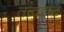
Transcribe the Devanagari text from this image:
तत्त्वदृष्ट